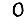
Digit: 0